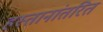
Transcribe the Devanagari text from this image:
हस्तानांतरित